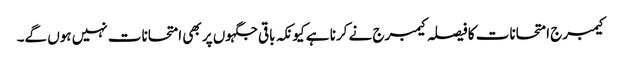
کیمبرج امتحانات کا فیصلہ کیمبرج نے کرنا ہے کیونکہ باقی جگہوں پر بھی امتحانات نہیں ہوں گے۔